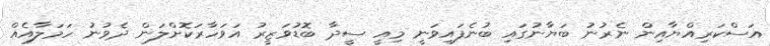
އަސްކަރިއްޔާއިން ނެރުނު ބަޔާނުގައި ބުނެފައިވަނީ މިއީ ސީދާ ބޮޑުވަޒީރު އަވަހާރަކޮށްލަން ދެވުނު ހަމަލާއެއް